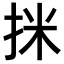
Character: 𢬊